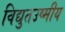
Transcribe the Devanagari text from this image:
विद्युतउष्मीय